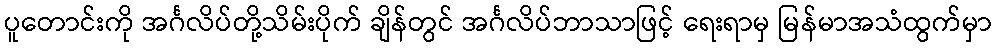
ပူတောင်းကို အင်္ဂလိပ်တို့သိမ်းပိုက် ချိန်တွင် အင်္ဂလိပ်ဘာသာဖြင့် ရေးရာမှ မြန်မာအသံထွက်မှာ